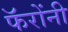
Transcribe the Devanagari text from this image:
फॅरोंनी